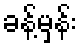
ခန့်မှန်း